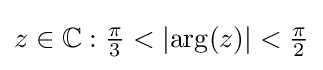
z\in \mathbb {C} :{\tfrac {\pi }{3}}<\left|\arg(z)\right|<{\tfrac {\pi }{2}}